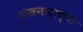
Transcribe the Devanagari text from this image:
शंखनादाच्या